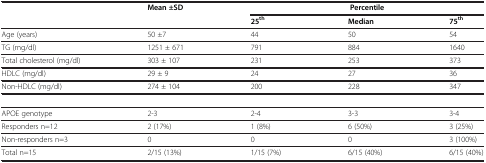
<table><thead><tr><td rowspan="2"><b> </b></td><td rowspan="2"><b>Mean ±SD</b></td><td colspan="3"><b>Percentile</b></td></tr><tr><td><b>25<sup>th</sup></b></td><td><b>Median</b></td><td><b>75<sup>th</sup></b></td></tr></thead><tbody><tr><td>Age (years)</td><td>50 ±7</td><td>44</td><td>50</td><td>54</td></tr><tr><td>TG (mg/dl)</td><td>1251 ± 671</td><td>791</td><td>884</td><td>1640</td></tr><tr><td>Total cholesterol (mg/dl)</td><td>303 ± 107</td><td>231</td><td>253</td><td>373</td></tr><tr><td>HDLC (mg/dl)</td><td>29 ± 9</td><td>24</td><td>27</td><td>36</td></tr><tr><td>Non-HDLC (mg/dl)</td><td>274 ± 104</td><td>200</td><td>228</td><td>347</td></tr><tr><td colspan="5"> </td></tr><tr><td>APOE genotype</td><td>2-3</td><td>2-4</td><td>3-3</td><td>3-4</td></tr><tr><td>Responders n=12</td><td>2 (17%)</td><td>1 (8%)</td><td>6 (50%)</td><td>3 (25%)</td></tr><tr><td>Non-responders n=3</td><td>0</td><td>0</td><td>0</td><td>3 (100%)</td></tr><tr><td>Total n=15</td><td>2/15 (13%)</td><td>1/15 (7%)</td><td>6/15 (40%)</td><td>6/15 (40%)</td></tr></tbody></table>